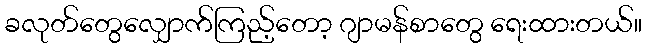
ခလုတ်တွေလျှောက်ကြည့်တော့ ဂျာမန်စာတွေ ရေးထားတယ်။